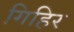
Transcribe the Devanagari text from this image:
गिहिर